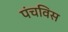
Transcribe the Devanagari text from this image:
पंचविस